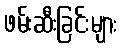
ဖမ်းဆီးခြင်းများ